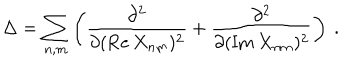
\Delta = \sum _ { n , m } \left( \frac { \partial ^ { 2 } } { \partial ( \mathrm { R e } \, X _ { n m } ) ^ { 2 } } + \frac { \partial ^ { 2 } } { \partial ( \mathrm { I m } \, X _ { n m } ) ^ { 2 } } \right) \ .